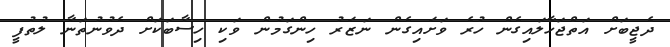
ދެޖީބަށް އަތްޖަހާލައިގެން ހުރެ ވަށައިގެން ނަޒަރު ހިންގަމުން ވަކި ހިސާބަކަށް ދެވުނުތަނާ ލުތުފީ